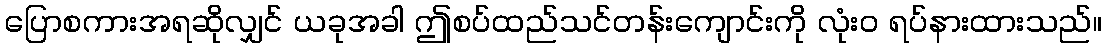
ပြောစကားအရဆိုလျှင် ယခုအခါ ဤစပ်ထည်သင်တန်းကျောင်းကို လုံးဝ ရပ်နားထားသည်။